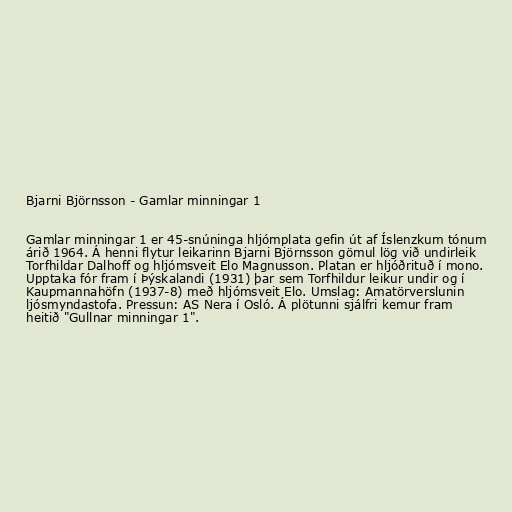
Bjarni Björnsson - Gamlar minningar 1

Gamlar minningar 1 er 45-snúninga hljómplata gefin út af Íslenzkum tónum
árið 1964. Á henni flytur leikarinn Bjarni Björnsson gömul lög við undirleik
Torfhildar Dalhoff og hljómsveit Elo Magnusson. Platan er hljóðrituð í mono.
Upptaka fór fram í Þýskalandi (1931) þar sem Torfhildur leikur undir og í
Kaupmannahöfn (1937-8) með hljómsveit Elo. Umslag: Amatörverslunin
ljósmyndastofa. Pressun: AS Nera í Osló. Á plötunni sjálfri kemur fram
heitið "Gullnar minningar 1".